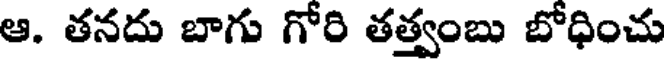
ఆ. తనదు బాగు గోరి తత్వంబు బోధించు